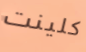
كلينت